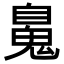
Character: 𩳈